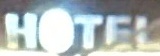
HOTEL